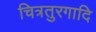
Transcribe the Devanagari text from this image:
चित्रतुरगादि